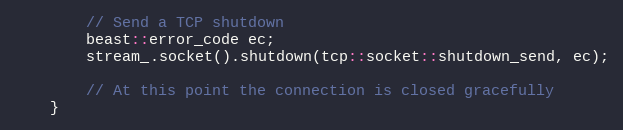
Language: C++
        // Send a TCP shutdown
        beast::error_code ec;
        stream_.socket().shutdown(tcp::socket::shutdown_send, ec);

        // At this point the connection is closed gracefully
    }